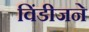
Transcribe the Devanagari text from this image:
विंडीजने